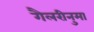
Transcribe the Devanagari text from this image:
गैलरीनुमा